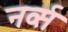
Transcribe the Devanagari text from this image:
नर्व्स